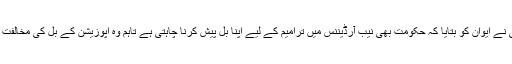
اعظم سواتی نے ایوان کو بتایا کہ حکومت بھی نیب آرڈیننس میں ترامیم کے لیے اپنا بل پیش کرنا چاہتی ہے تاہم وہ اپوزیشن کے بل کی مخالفت نہیں کرتی۔